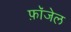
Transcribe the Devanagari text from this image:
फ़ॉजेल